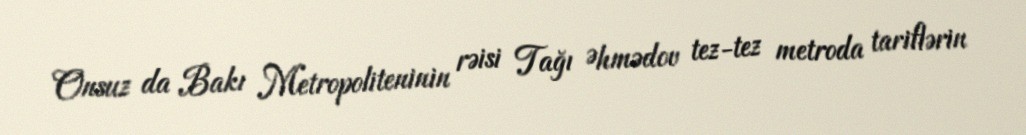
Onsuz da Bakı Metropoliteninin rəisi Tağı Əhmədov tez-tez metroda tariflərin